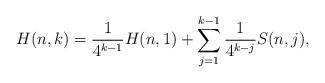
LaTeX: \begin{align*}H(n,k) = \frac{1}{4^{k-1}} H(n,1) + \sum_{j=1}^{k-1}\frac{1}{4^{k-j}} S(n,j),\end{align*}